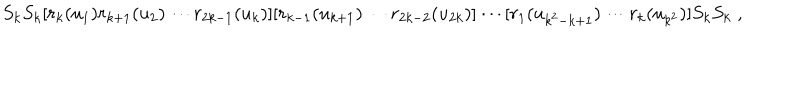
S _ { k } S _ { k } [ r _ { k } ( u _ { 1 } ) r _ { k + 1 } ( u _ { 2 } ) \cdots r _ { 2 k - 1 } ( u _ { k } ) ] [ r _ { k - 1 } ( u _ { k + 1 } ) \cdots r _ { 2 k - 2 } ( u _ { 2 k } ) ] \cdots [ r _ { 1 } ( u _ { k ^ { 2 } - k + 1 } ) \cdots r _ { k } ( u _ { k ^ { 2 } } ) ] S _ { k } S _ { k } \; ,